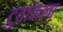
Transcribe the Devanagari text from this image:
टुवाकला